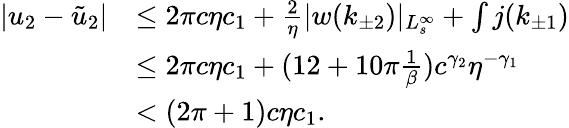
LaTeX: \begin{array}{rl}{\vert u_{2}-\tilde{u}_{2}\vert}&{\le 2\pi c\eta c_{1}+\frac 2\eta\vert w(k_{\pm 2})\vert_{L_{s}^{\infty}}+\int j(k_{\pm 1})}\\ &{\le 2\pi c\eta c_{1}+(12+10\pi\frac 1\beta)c^{\gamma_{2}}\eta^{-\gamma_{1}}}\\ &{<(2\pi+1)c\eta c_{1}.}\end{array}